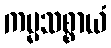
ကမ္မသစ္စာယံ